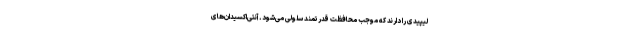
لیپیدی را دارند که موجب محافظت قدرتمند سلولی می‌شود. آنتی‌اکسیدان‌های